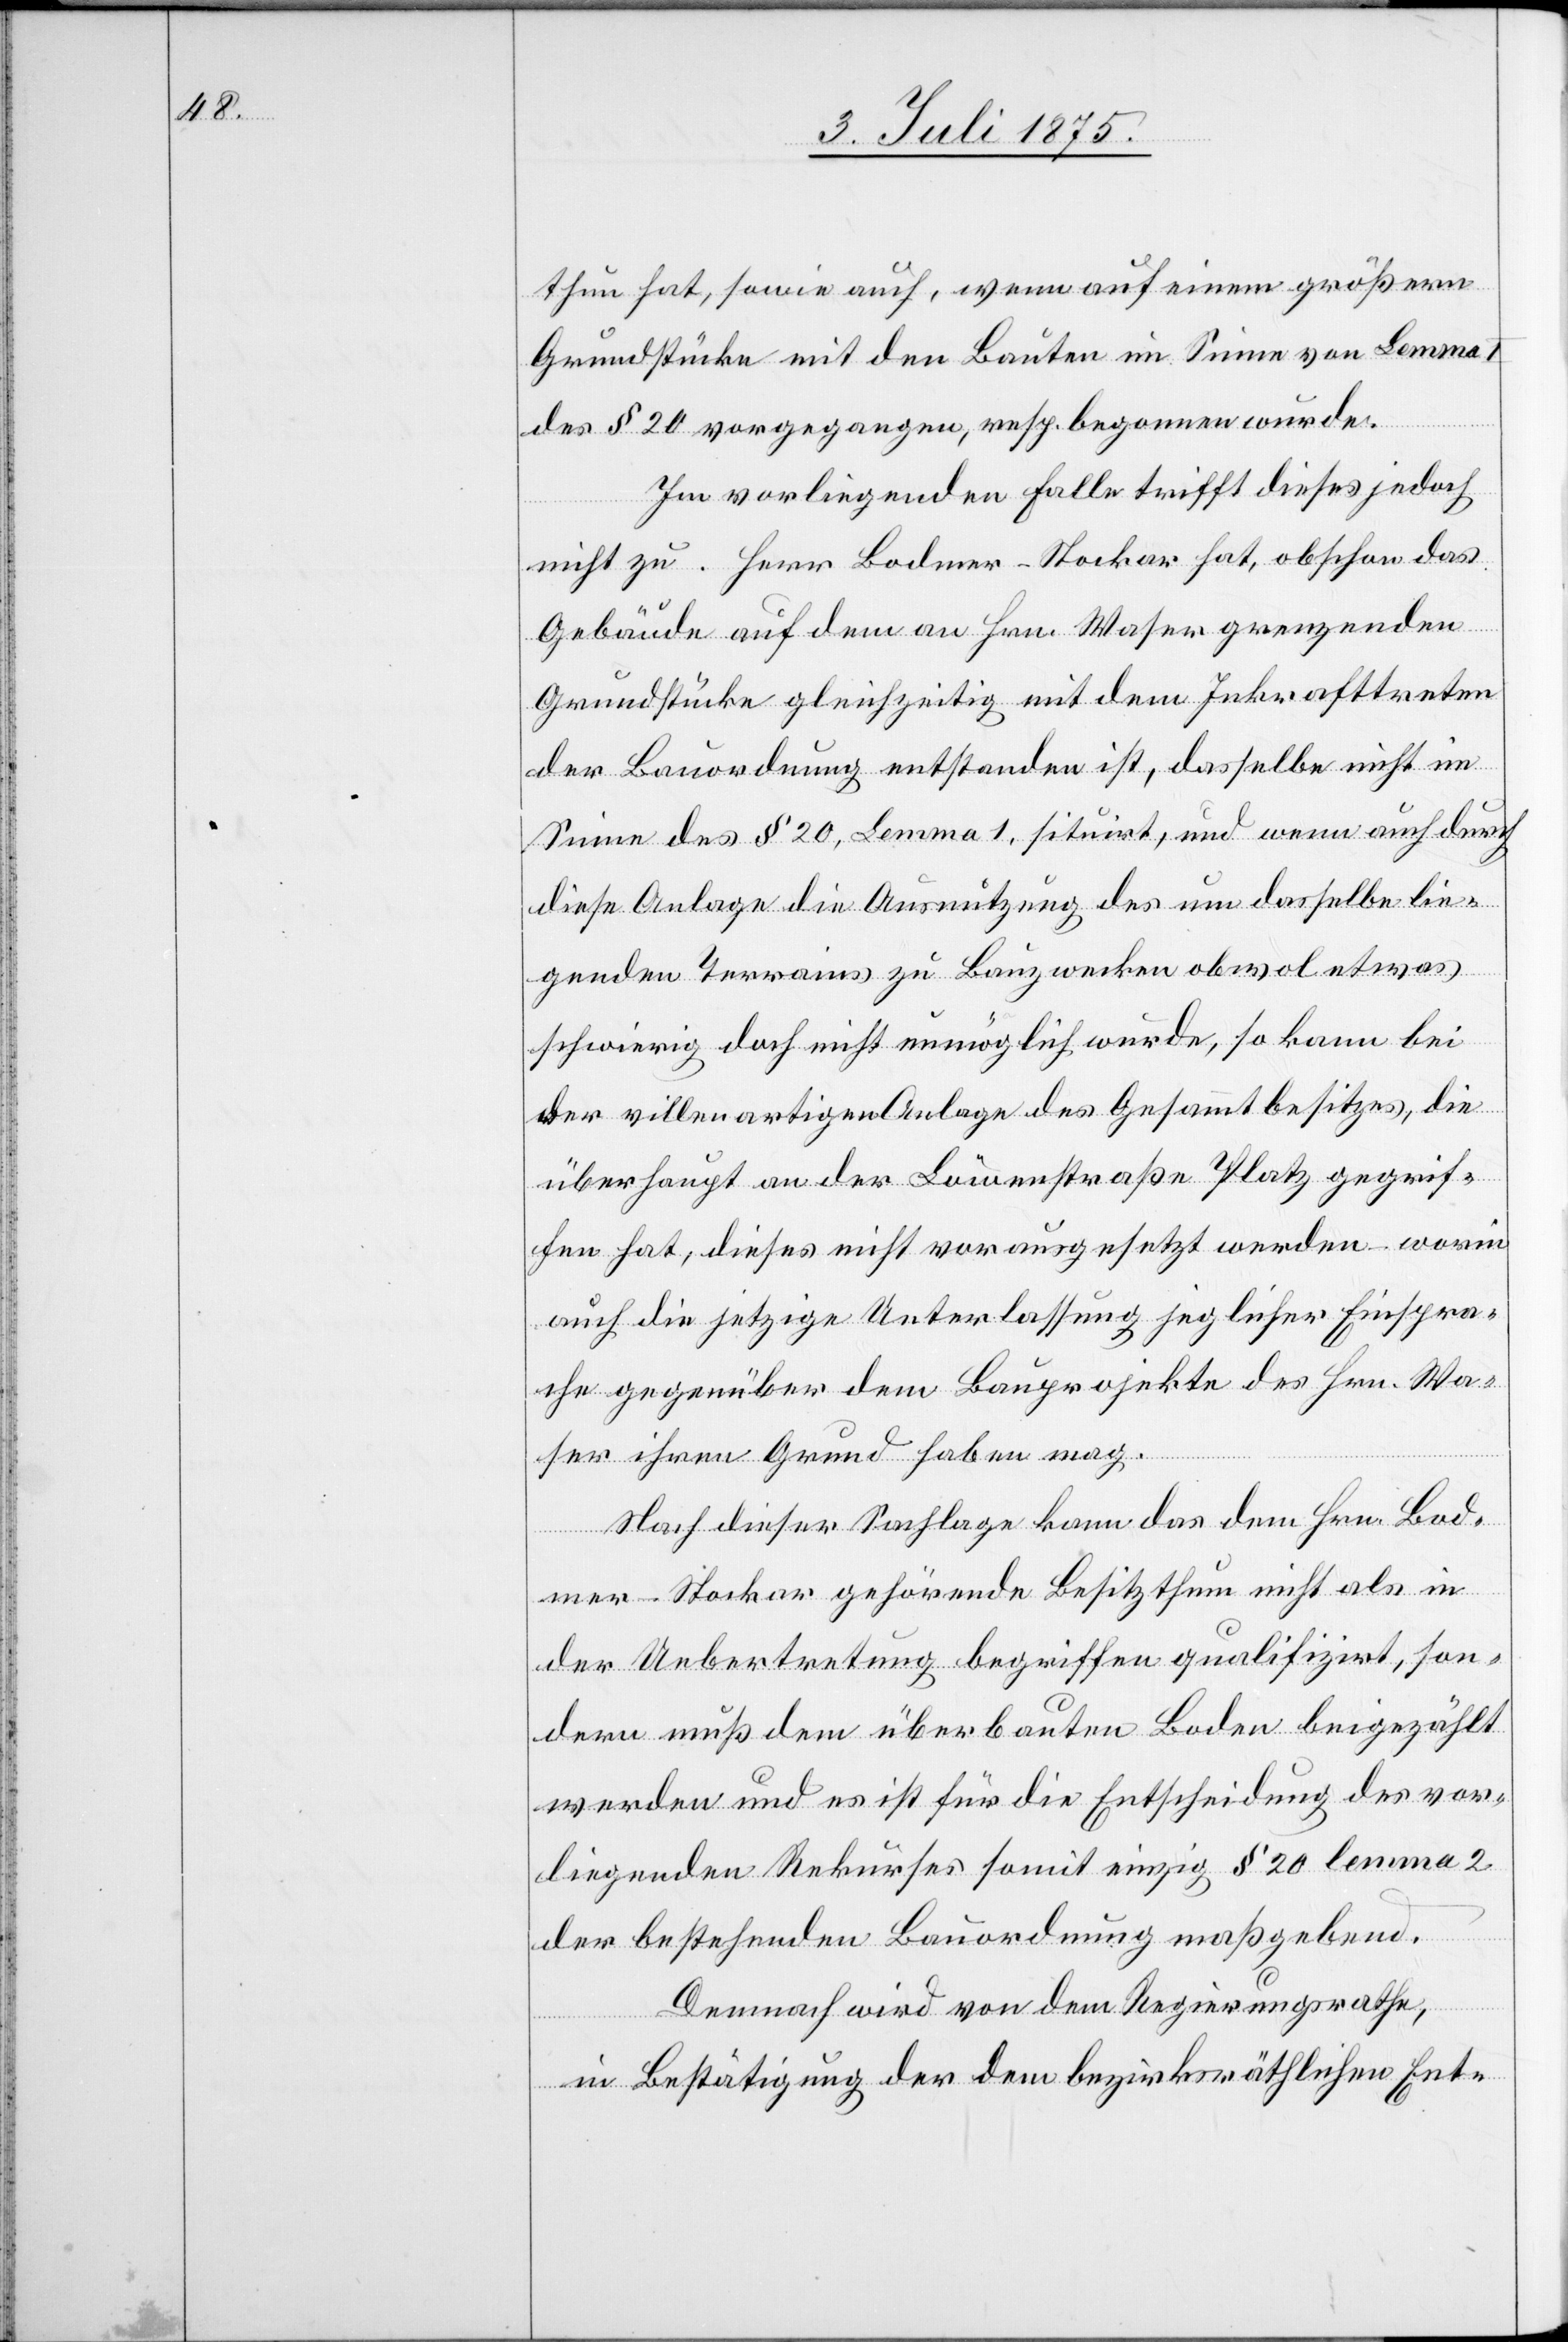
thun hat, sowie auch, wenn auf einem größern
Grundstücke mit den Bauten im Sinne von Lemma
des § 20 vorgegangen, resp. begonnen wurde.
Im vorliegenden Falle trifft dieses jedoch
nicht zu. Herr Bodmer-Stocker hat, obschon das
Gebäude auf dem an Hrn. Waser grenzenden
Grundstücke gleichzeitig mit dem Inkrafttreten
der Bauordnung entstanden ist, dasselbe nicht im
Sinne des § 20, Lemma 1 situirt, und wenn auch durch
diese Anlage die Ausnutzung des um dasselbe lie¬
genden Terrains zu Bauzwecken obwol etwas
schwierig doch nicht unmöglich wurde, so kann bei
der villenartigen Anlage des Gesammtbesitzes, die
überhaupt an der Löwenstraße Platz gegrif¬
fen hat, dieses nicht vorausgesetzt werden – worin
auch die jetzige Ueberlassung jeglicher Einspra¬
che gegenüber dem Bauprojekte des Hrn. Wa¬
ser ihren Grund haben mag.
Nach dieser Sachlage kann das dem Hrn. Bod¬
mer-Stocker gehörende Besitztum nicht als in
der Uebertretung begriffen qualifizirt, son¬
dern muß dem überbauten Boden beigezählt
werden und es ist für die Entscheidung des vor¬
liegenden Rekurses somit einzig § 20 lemma 2
der bestehenden Bauordnung maßgebend.
Demnach wird von dem Regierungsrathe,
in Bestätigung der dem bezirksräthlichen Ent-